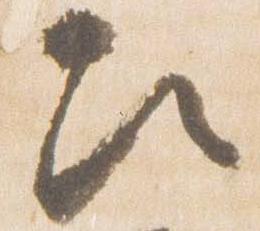
次